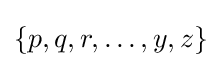
\{p,q,r,\dots ,y,z\}